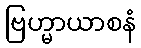
ဗြဟ္မာယာစနံ